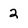
Character: 2